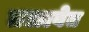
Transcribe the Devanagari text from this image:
तळावेत